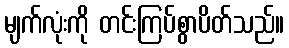
မျက်လုံးကို တင်းကြပ်စွာပိတ်သည်။